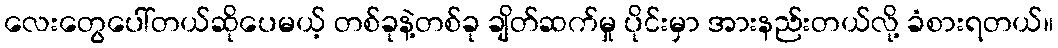
လေးတွေပေါ်တယ်ဆိုပေမယ့် တစ်ခုနဲ့တစ်ခု ချိတ်ဆက်မှု ပိုင်းမှာ အားနည်းတယ်လို့ ခံစားရတယ်။